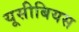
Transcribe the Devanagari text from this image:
यूसीबियस